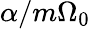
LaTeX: \alpha/m\Omega_{0}